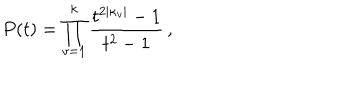
LaTeX: P ( t ) = \prod _ { v = 1 } ^ { k } \frac { t ^ { 2 | \kappa _ { v } | } - 1 } { t ^ { 2 } - 1 } \, ,